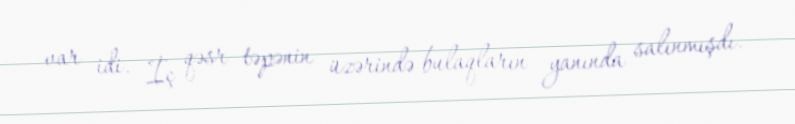
var idi. İç qəsr təpənin üzərində bulaqların yanında salınmışdı.